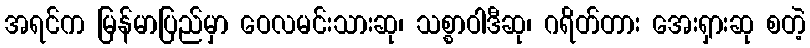
အရင်က မြန်မာပြည်မှာ ဝေလမင်းသားဆု၊ သစ္စာဝါဒီဆု၊ ဂရိတ်တား အေးရှားဆု စတဲ့